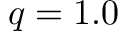
q = 1 . 0